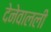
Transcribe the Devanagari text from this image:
देनेवालली